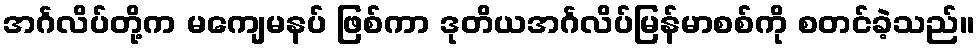
အင်္ဂလိပ်တို့က မကျေမနပ် ဖြစ်ကာ ဒုတိယအင်္ဂလိပ်မြန်မာစစ်ကို စတင်ခဲ့သည်။